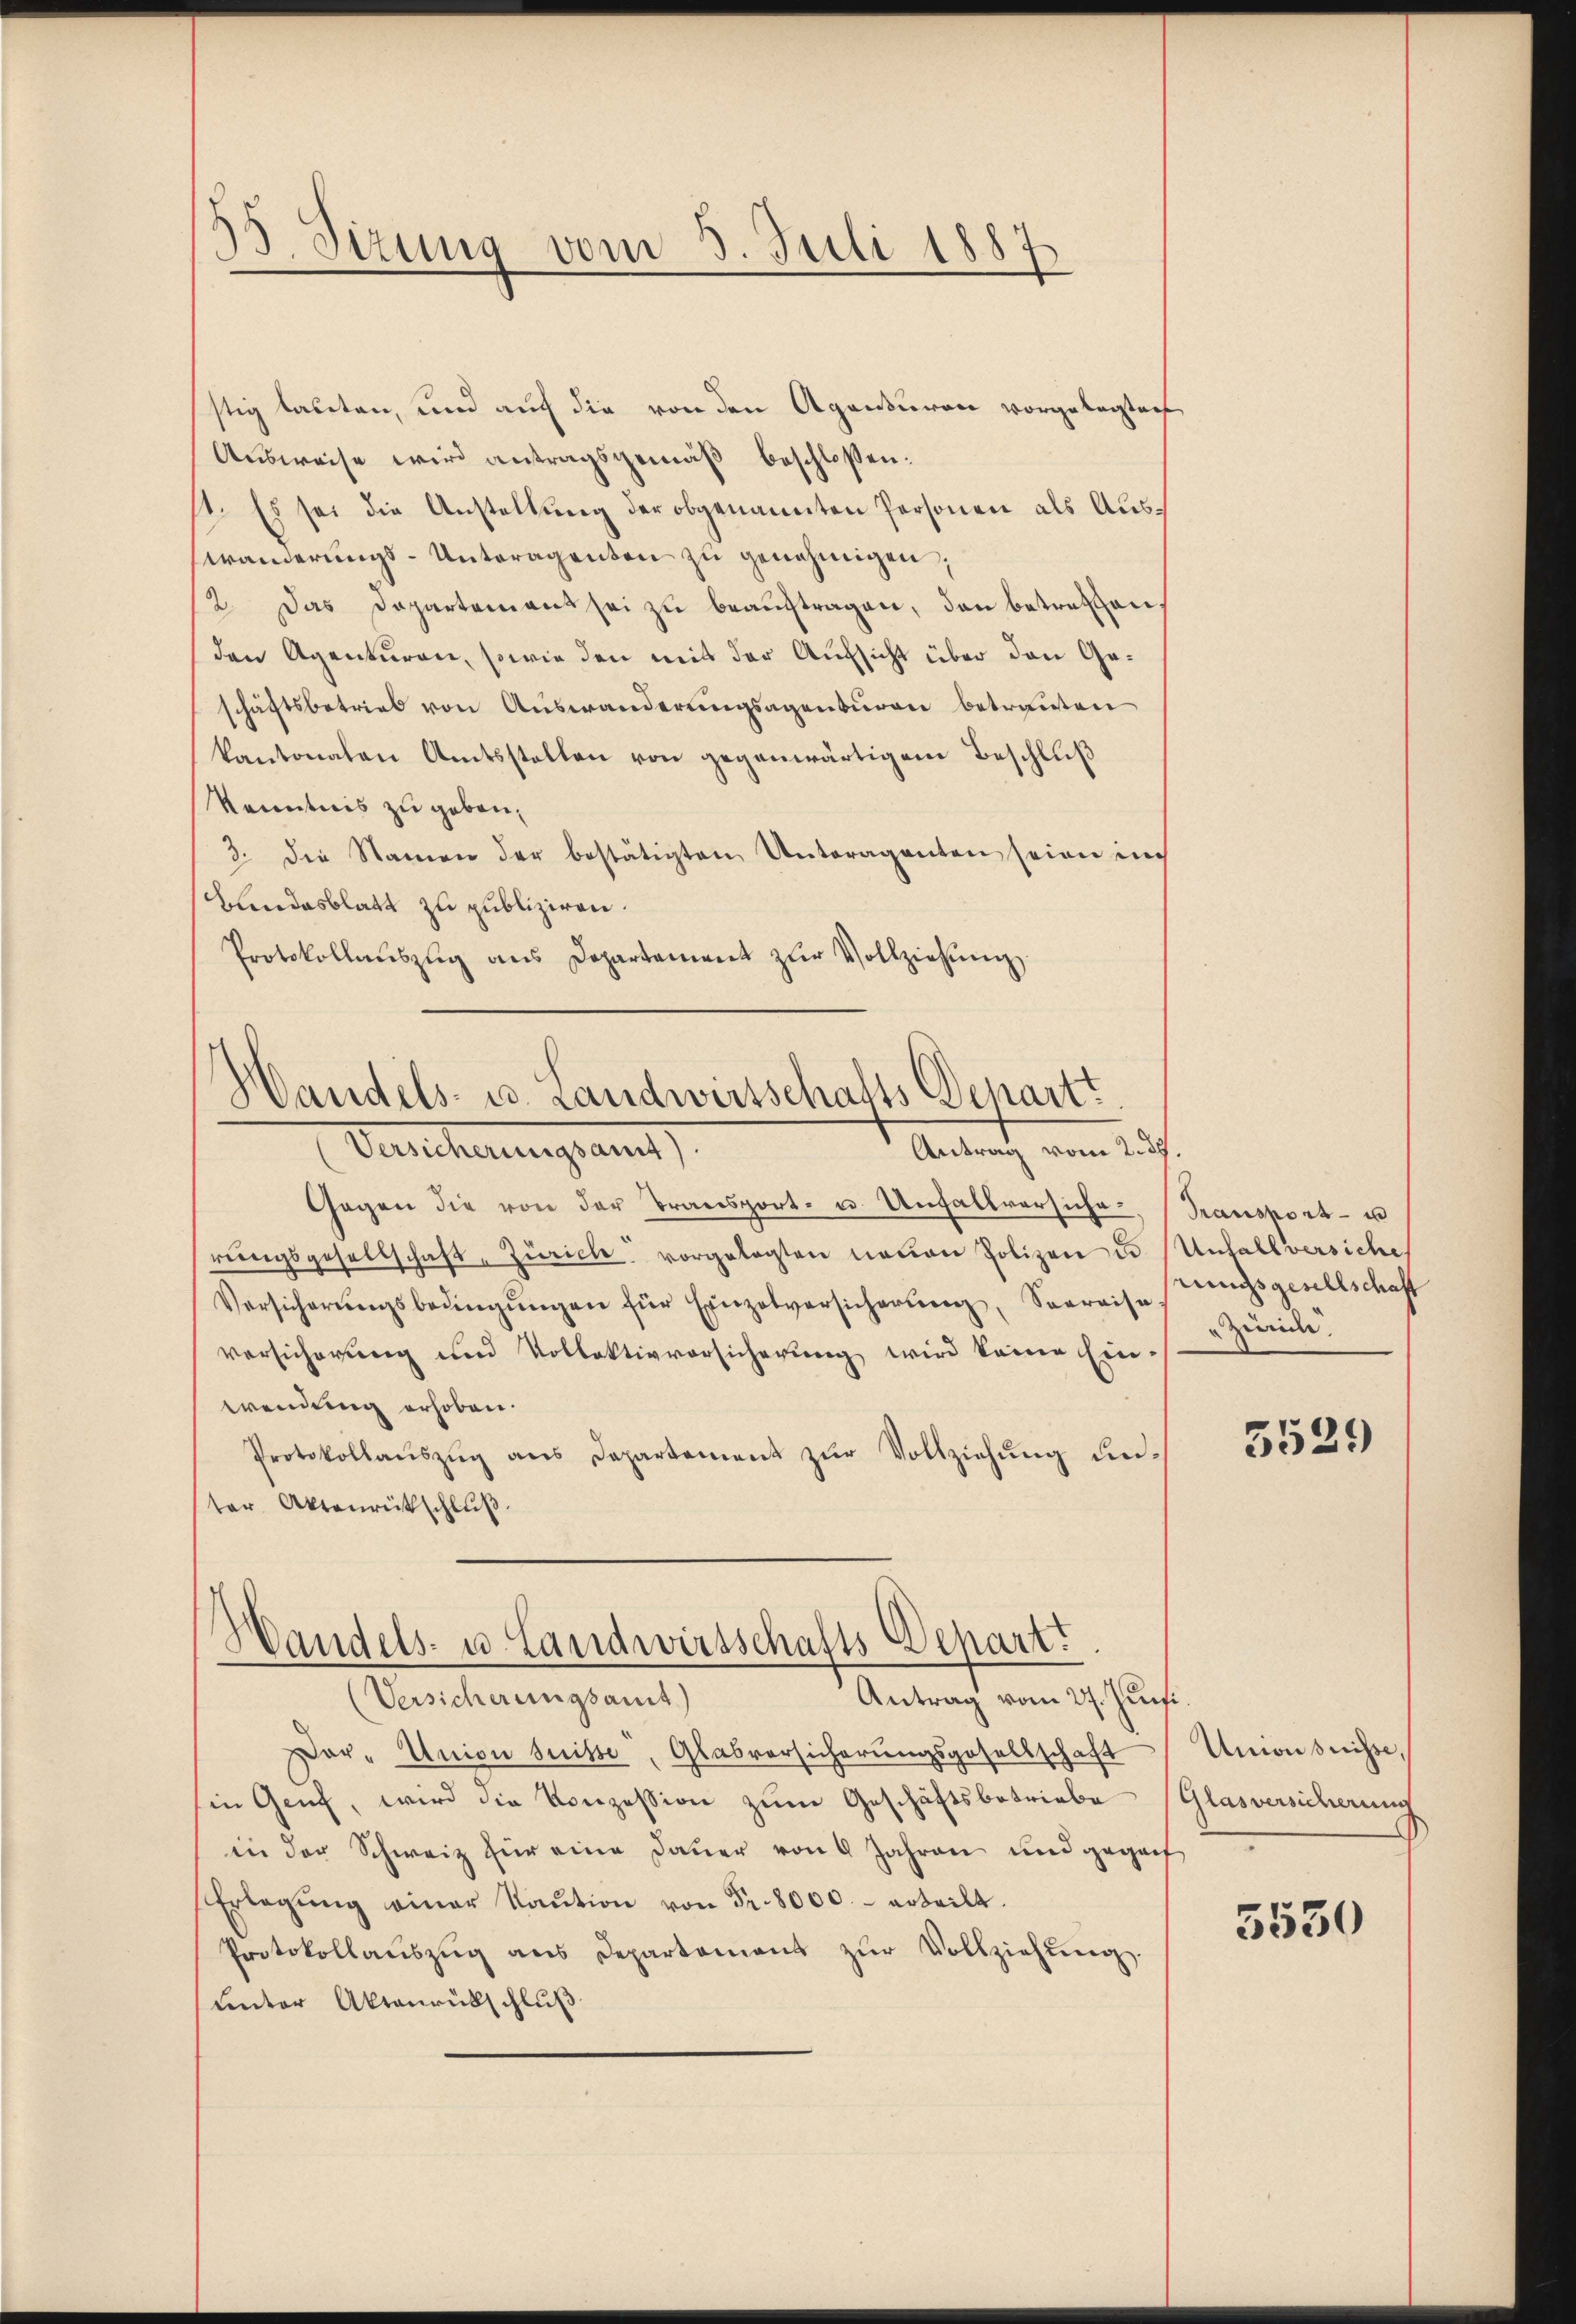
33. Sizung vom 3. Juli 1887

stig lauten, und auf die von den Agenturen vorgelegten
Ausweise wird antragsgemäß beschlossen:
st. Es sei die Anstellung der obgenannten Personen als Auswänderungs-Unteragenten zu genehmigen,
2. Das Departemens sei zŭ beaŭftragen, den betreffen,
den Agenturen, sowie den mit der Aufsicht über den Geschäftsbetrieb von Auswanderungsagenturen betrauten
kantonalen Amtsstellen von gegenwärtigem Beschluß
Kenntnis zu geben.
3. Die Namen der bestätigten Unteragenten seien im
Bundesblatt zu publiziren.
Protokollaŭszŭg ans Departement zŭr Vollziehŭng.
Handels- u. Landwirtschafts Departt
Uuncherungsamt
Antrag vom 2. 37.
Gegen die von der Transport- u. Unfallversicherŭngsgesellschaft Zürich vorgelegten neuen Polizei u.
Versicherŭngsbedingŭngen für Einzelversicherung, Seereise
versicherung und Vollektivvorsicherung wird keine Ein-
wendung erhoben.
Protokollaŭszŭg ans Departement zŭr Vollziehŭng ŭn-
ter Aktenrütschluß.

Handels- u. Landwirtschafts-Depart
(Versicherungsamt)

Antrag vom 27. Juni.
Dor-Union Suisse, Glasversicherungsgesellschaft
in Genf, wird die Konzession zum Geschäftsbetriebe
in der Schweiz für eine Dauer von 4 Jahren und gegenh
Erlegŭng einer Kaŭtion von Fr. 8000.- erteilt.
Protokollaŭszŭg ans Departement zŭr Vollziehŭng
unter Aktenrütschluß

Transport- u
Unfall versiche
rungsgesellschaft
Zivile.

5529

Umondnisse,
Glasversicherung

5530